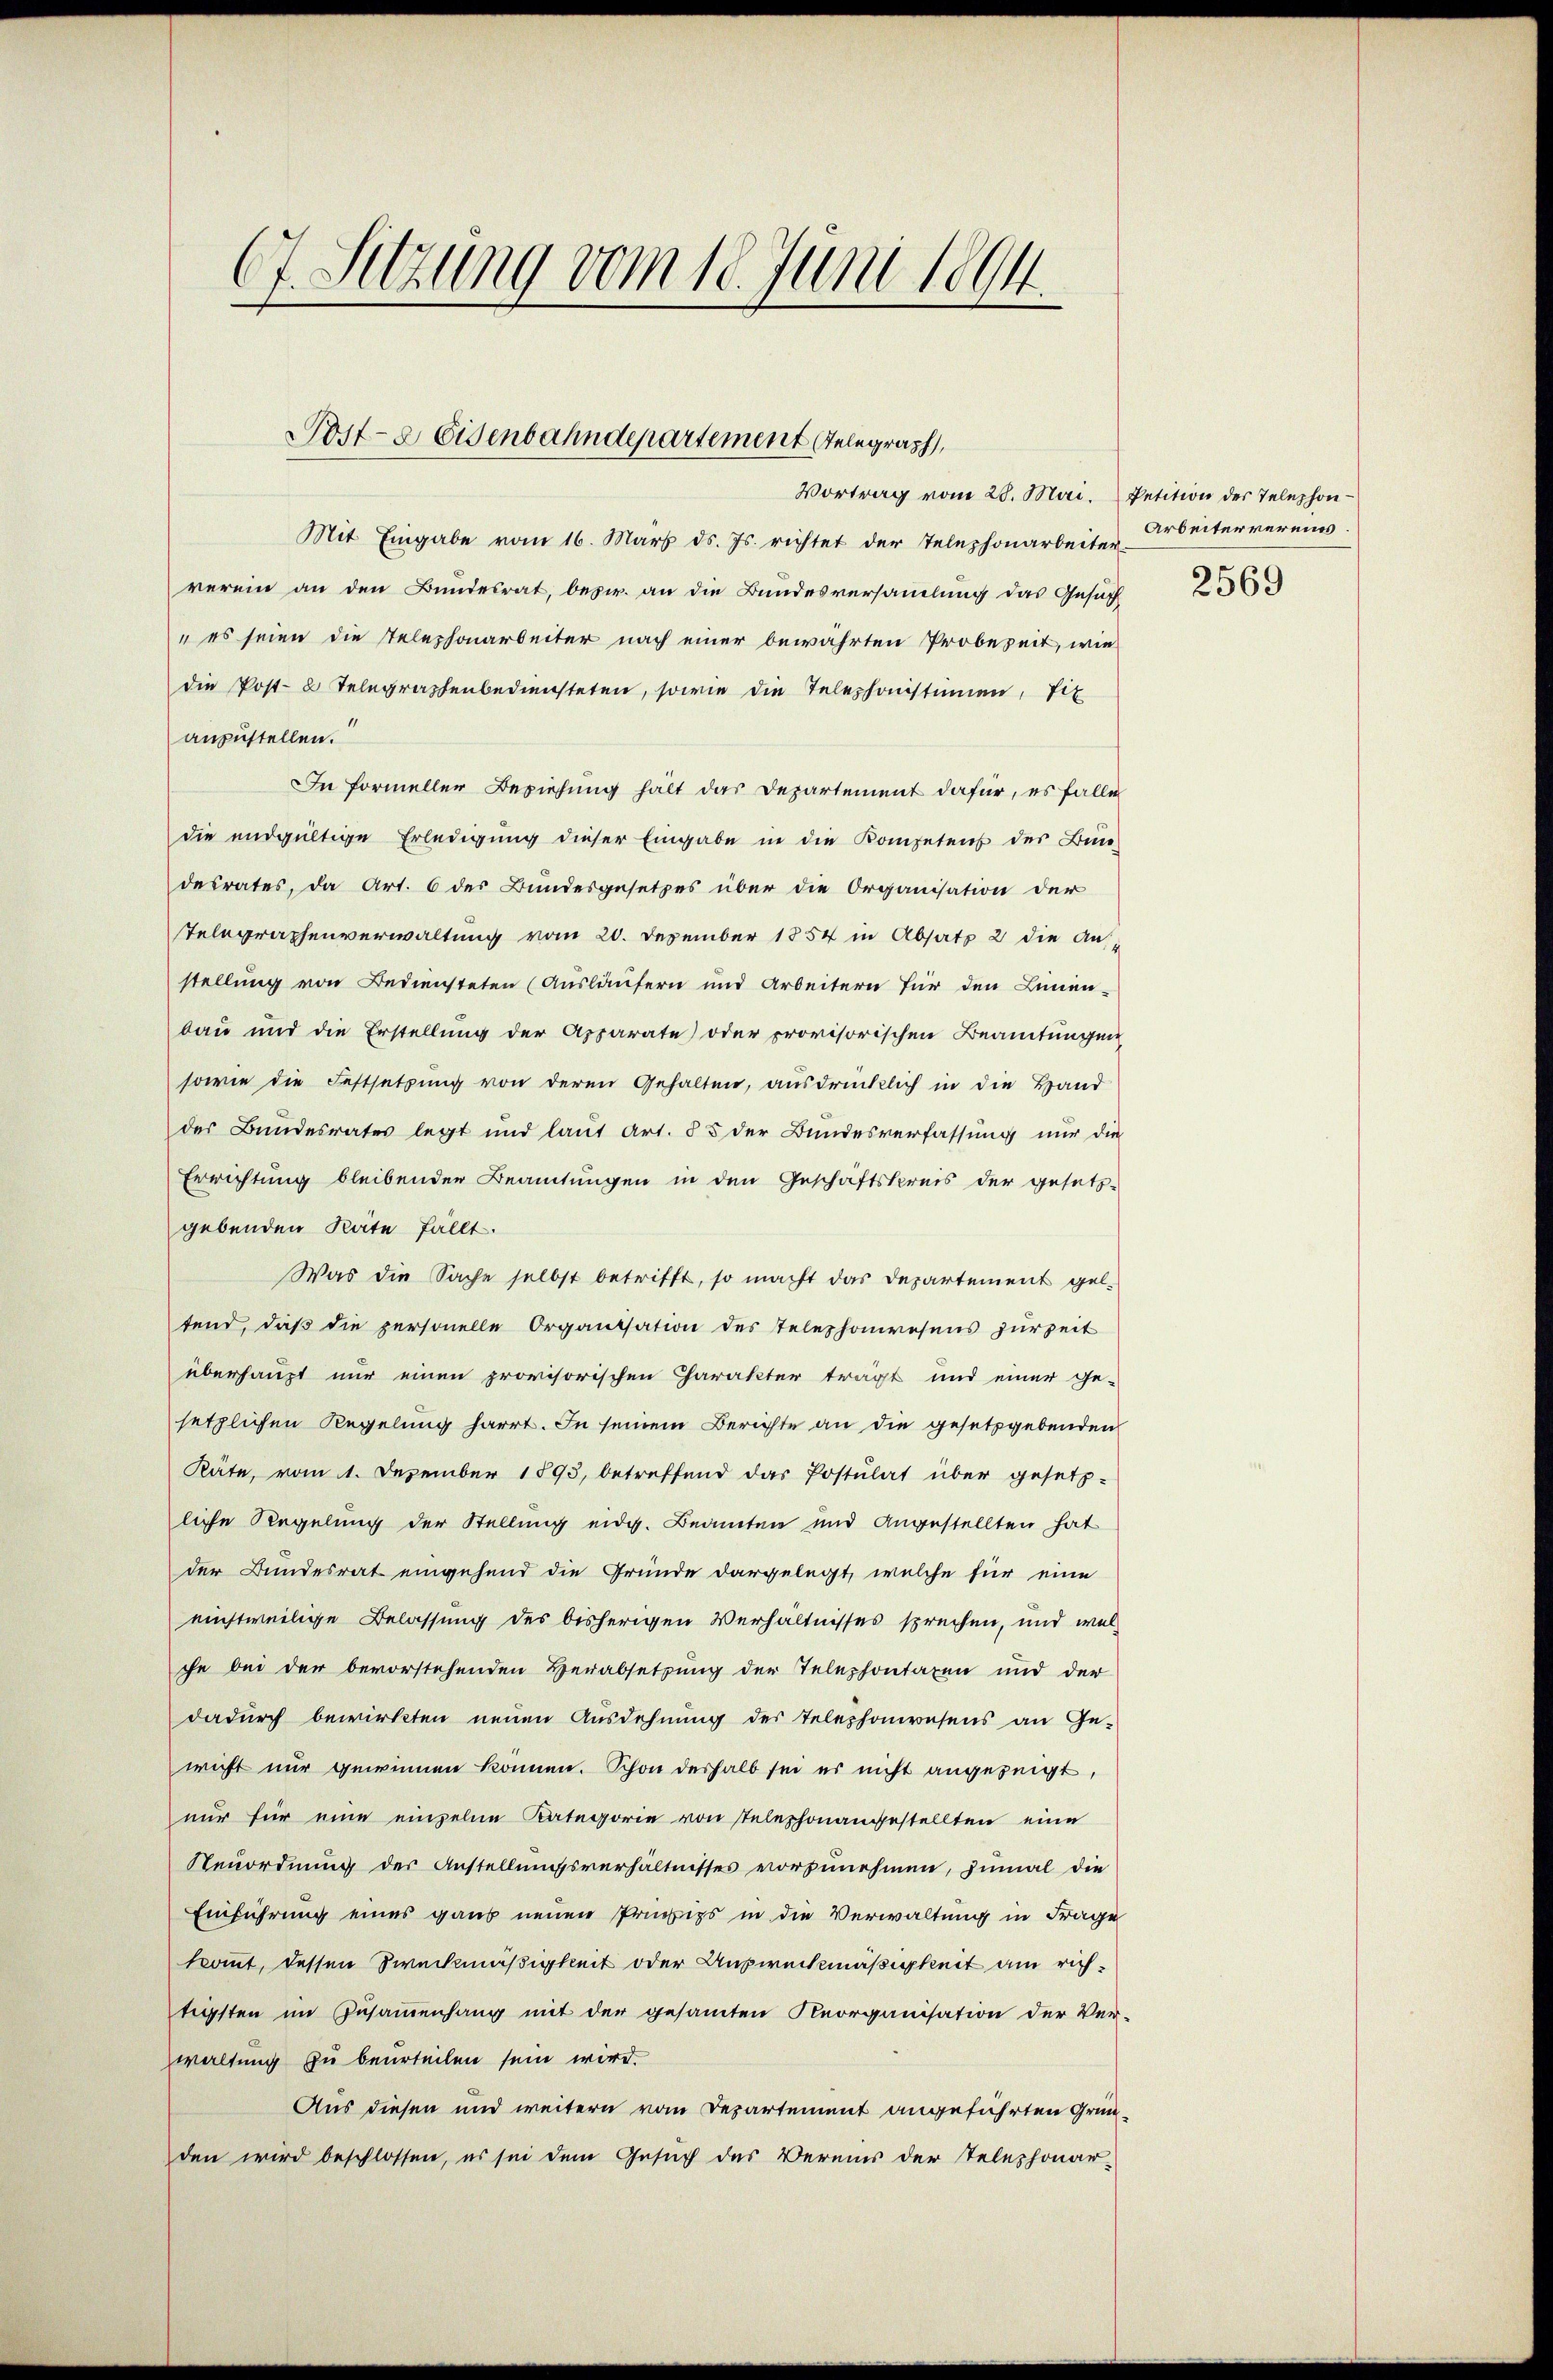
67. Setzung vom 18. Juni 1894.

Post- & Eisenbahndepartement Telegraph

Vortrag vom 28. Mai. Petition des Telephon-
Mit Eingabe vom 16. März ds. Js. richtet der Telephonarbeiter
verein an den Bundesrat, bezw. an die Bundesversammlung das Gesuch
„es seien die Telephonarbeiter nach einer bewährten Probezeit, wie
die Post-8 Telegraphenbediensteten, sowie die Telephonistimmen, Tit
anzustellen.
In formeller Beziehung hält das Departement dafür, es falle
die endgültige Erledigung dieser Eingabe in die Kompetens der Bun-
desrates, da Art. 6 der Bundesgesetzes über die Organisation der
Telegraphenverwaltung vom 20. Dezember 1854 in Absatz 2 die Anstellung von Bediensteten (Ausläufern und Arbeitern für den Linien
bau und die Erstellung der Apparate oder provisorischen Beamtungen
sowie die Festsetzung von deren Gehalten, ausdrücklich in die Hand
der Bundesrates legt und laut Art. § 5 der Bundesverfassung nur die
Errichtung bleibenden Beamtungen in den Geschäftskreis der gesetz-
gebenden Rate fällt.
Was die Sache selbst betrifft, so macht das Departement gel-
tend, daß die personelle Organisation des Telephonwesens zur Zeit
überhaupt nur einen provisorischen Charakter trägt und einer ge-
setzlichen Regelung harrt. In seinem Berichte an die gesetzgebenden
Räte, vom 1. Dezember 1893, betreffend das Postulat über gesetz-
liche Regelung der Stellung eidg. Beamten und Angestellten hat
der Bundesrat eingehend die Gründe dargelegt, welche für eine
einstweilige Belassung des bisherigen Verhältnisses sprechen, und welche bei der bevorstehenden Verabsetzung der Telephontaxen und der
dadurch bewirkten neuen Ausdehnung des Telephonwesens an Ge-
wicht nur gewinnen können. Schon deshalb sei es nicht angezeigt,
nur für eine einzelne Kategorie von stelephonangestellten eine
Neuordnung der Anstellungsverhältnisses vorzunehmen, zumal die
Einführung eines ganz neuen Präcips in die Verwaltung in Frage
kommt, dessen Zweckmäßigkeit oder Ausweckmäßigkeit am richtigsten im Zusammenhang mit der gesamten Reorganisation der Ver-
waltung zu beurteilen sein wird.
Aus diesen und weitern vom Departement angeführten Gründen wird beschlossen, es sei dem Gesuch des Vereins der Telephonar-

Arbeitervereins

2569